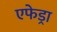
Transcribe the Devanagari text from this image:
एफेड्रा